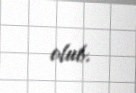
olub.